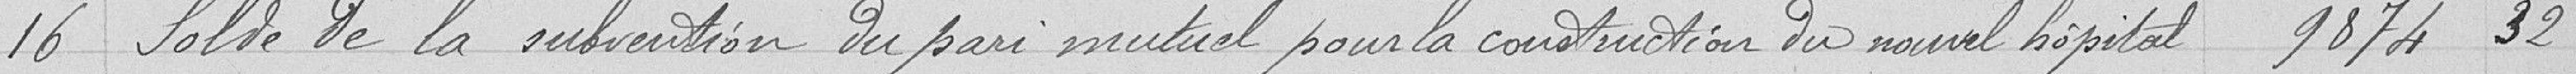
16 Solde de la subvention du pari mutuel pour la construction du nouvel hôpital 9874,32